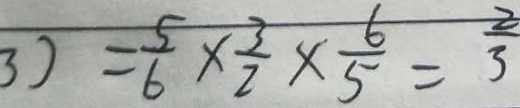
3 ) = \frac { 5 } { 6 } \times \frac { 3 } { 2 } \times \frac { 6 } { 5 } = \frac { 2 } { 3 }